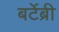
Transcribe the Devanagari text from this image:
बर्टेब्री